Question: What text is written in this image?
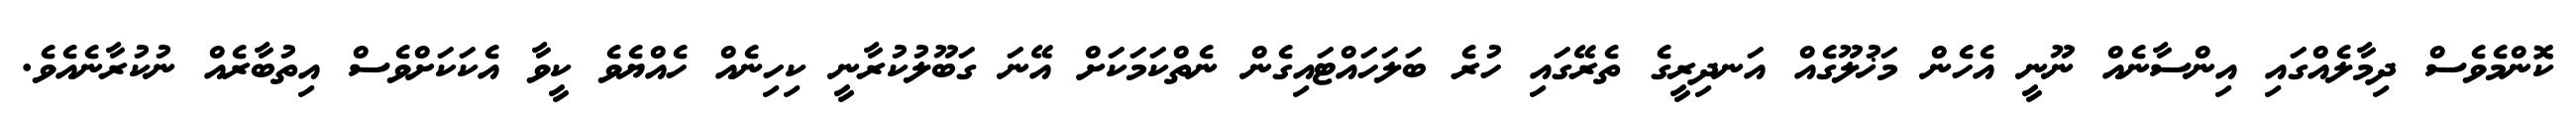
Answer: ކޮންމެވެސް ދިމާލެއްގައި އިންސާނެއް ނޫނީ އެހެން މަޚުލޫގެއް އަނދިރީގެ ތެރޭގައި ހުރެ ބަލަހައްޓައިގެން ނެތްކަމަކަށް އޭނަ ގަބޫލުކުރާނީ ކިހިނެއް ހެއްޔެވެ ކީވާ އެކަކަށްވެސް އިތުބާރެއް ނުކުރާނެއެވެ.